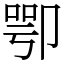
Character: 卾